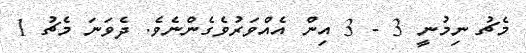
މެޗު ނިމުނީ 3 - 3 އިން އެއްވަރުވެގެންނެވެ. ދެވަނަ މެޗު 1